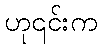
ဟု၎င်းက